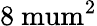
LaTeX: \mathrm{8\ mum^{2}}